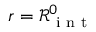
r = \mathcal { R } _ { \mathrm { ~ i ~ n ~ t ~ } } ^ { 0 }